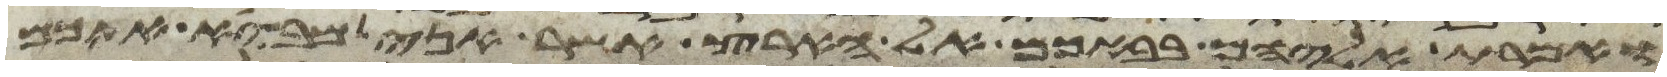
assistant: ואמרת אליהם בבאכם אל הארץ אשר אני מביא אתכם